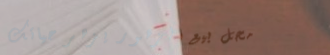
محل بيع الزهور يزهر حياتك